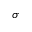
\sigma